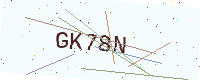
Text: GK78N